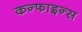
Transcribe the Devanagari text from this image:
कन्फाइन्स